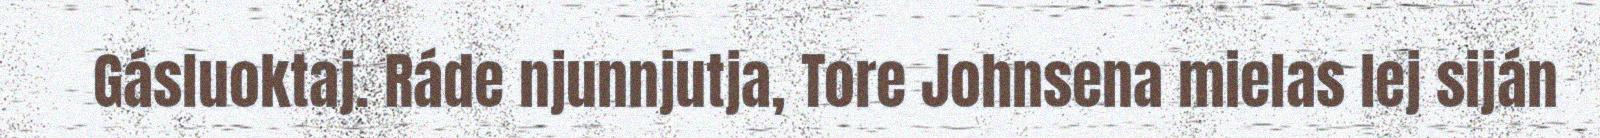
Gásluoktaj. Ráde njunnjutja, Tore Johnsena mielas lej siján